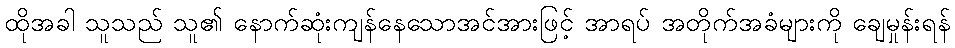
ထိုအခါ သူသည် သူ၏ နောက်ဆုံးကျန်နေသောအင်အားဖြင့် အာရပ် အတိုက်အခံများကို ချေမှုန်းရန်